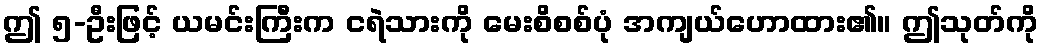
ဤ ၅-ဦးဖြင့် ယမင်းကြီးက ငရဲသားကို မေးစိစစ်ပုံ အကျယ်ဟောထား၏။ ဤသုတ်ကို